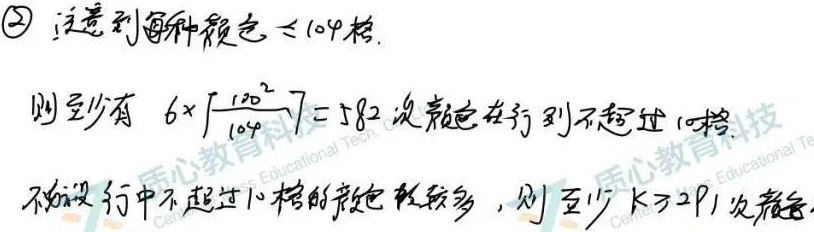
\textcircled{2} 注意到每种颜色 \(\leq104\) 格。则至少有 \(6\times\left\lceil\frac{120^{2}}{104}\right\rceil = 582\) 次颜色在行到不超过 \(10\) 格。不妨设行中不超过 \(10\) 格的颜色较多，则至少有 \(291\) 次颜色。